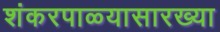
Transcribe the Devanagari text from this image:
शंकरपाळ्यासारख्या